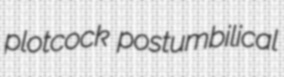
plotcock postumbilical